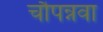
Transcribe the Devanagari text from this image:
चौपन्नवा